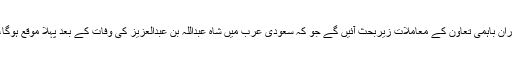
قومی سلامتی اور خارجہ امور کے مشیر سرتاج عزیز نے بتایا کہ اس دورے کے دوران باہمی تعاون کے معاملات زیربحث آئیں گے جو کہ سعودی عرب میں شاہ عبداللہ بن عبدالعزیز کی وفات کے بعد پہلا موقع ہوگا، وزیراعظم نے سعودی عرب کا آخری دورہ شاہ عبداللہ کی تدفین کے موقع پر کیا تھا۔